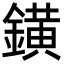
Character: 鐄